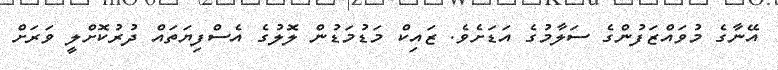
އޭނާގެ މުވައްޒަފުންގެ ސަލާމުގެ އަޑަށެވެ. ޒައިކް މަޑުމަޑުން ލޮލުގެ އެސްފިޔަތައް ދުރުކޮށްލީ ވަރަށް